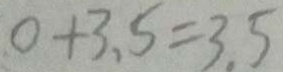
0 + 3 . 5 = 3 . 5